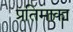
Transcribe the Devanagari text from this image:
प्रतिमाका